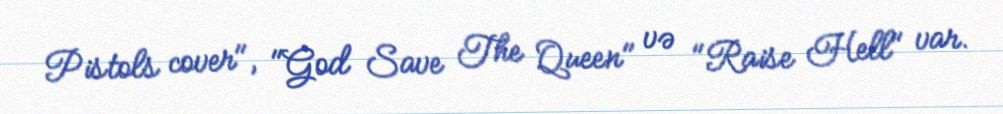
Pistols cover", "God Save The Queen" və "Raise Hell" var.